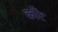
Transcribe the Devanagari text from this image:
कौंट